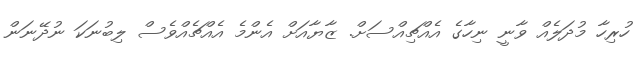
ހުރިހާ މުދަލެއް ވާނީ ނިހާގެ އެއްޗިއްސަށް. ޒާޔާއަށް އެންމެ އެއްޗެއްވެސް ލިބުނަކަ ނުދޭނަން